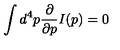
\int d ^ { 4 } p { \frac { \partial } { \partial p } } I ( p ) = 0